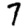
Digit: 7